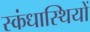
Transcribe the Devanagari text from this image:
स्कंधास्थियों